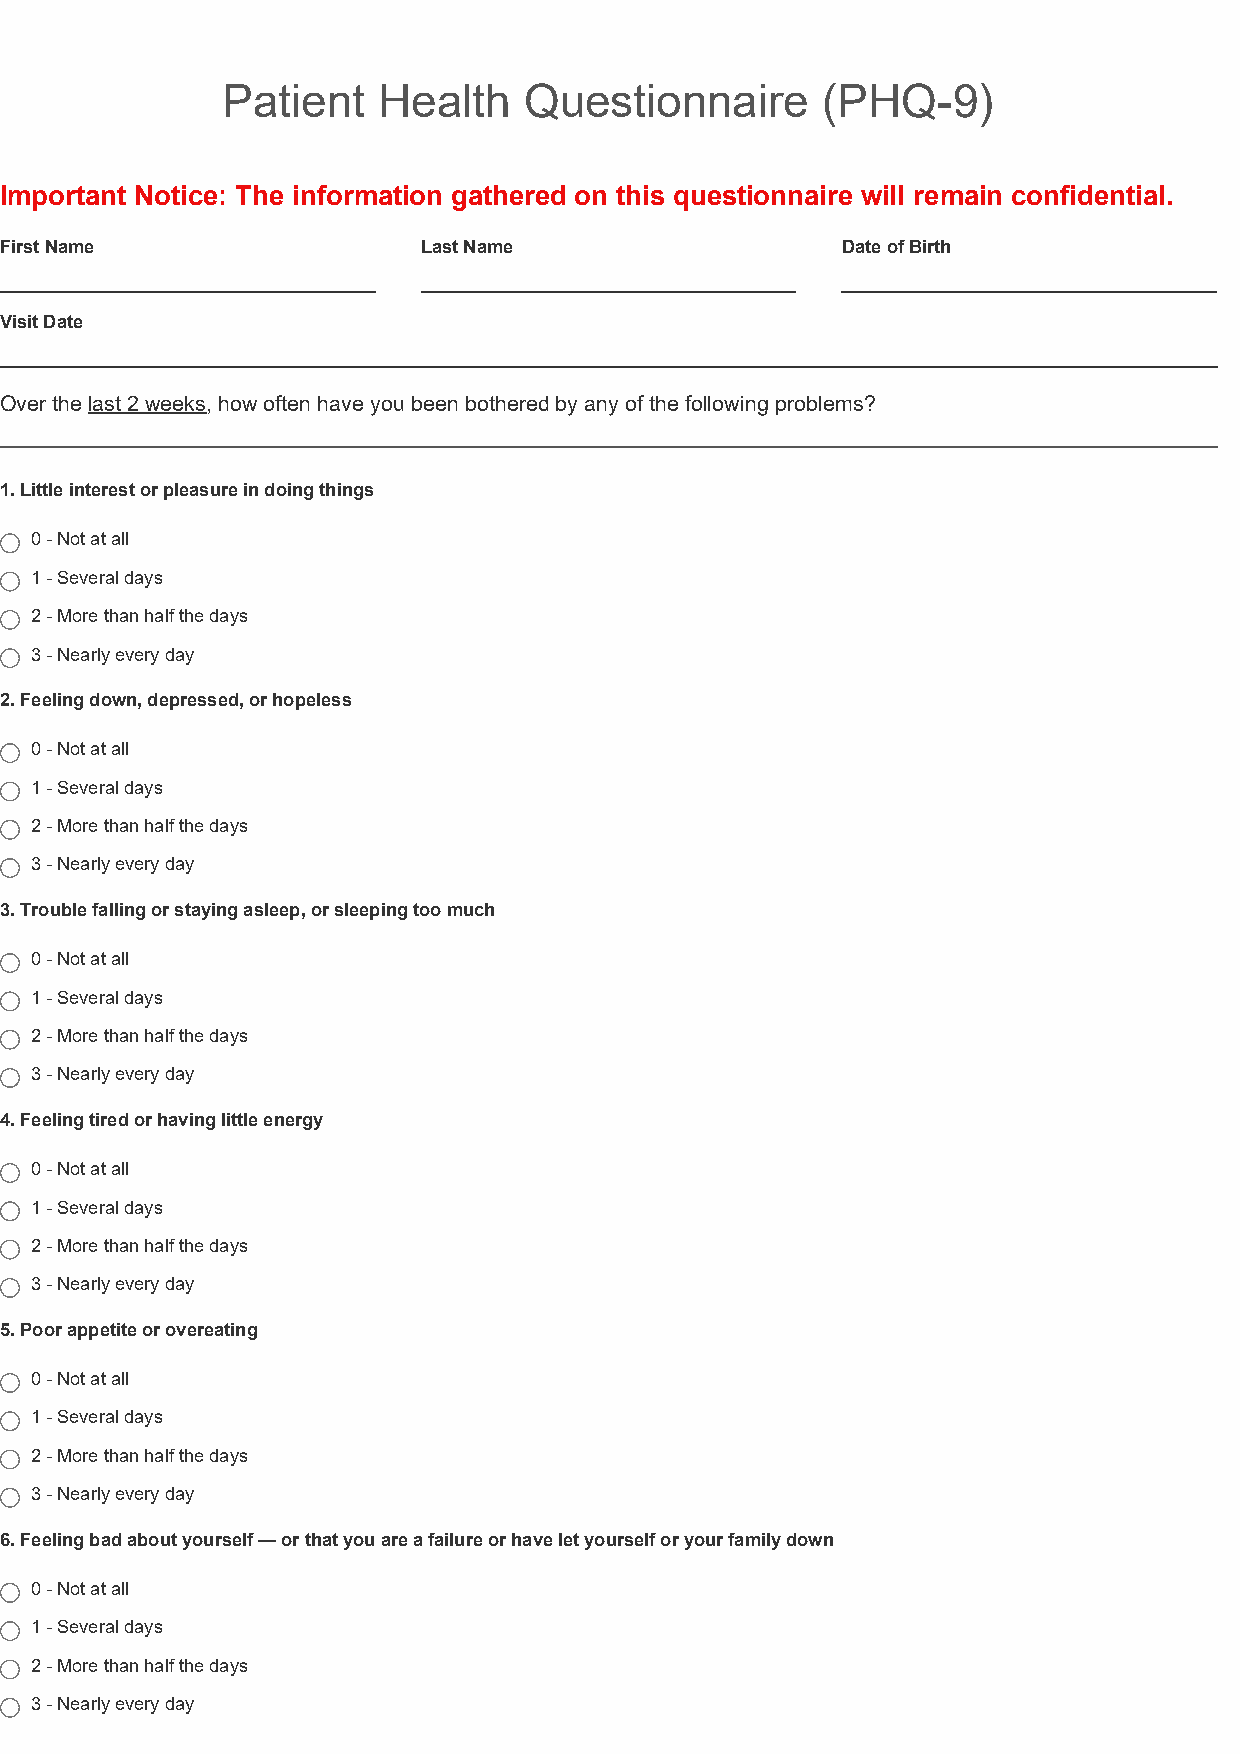
Patient   Health    Questionnaire      (PHQ-9)
 Important Notice: The information gathered on this questionnaire will remain confidential.
 First Name                  Last Name                   Date of Birth
 Visit Date
 Over the last 2 weeks, how often have you been bothered by any of the following problems?
 1. Little interest or pleasure in doing things
 0 - Not at all
 1 - Several days
 2 - More than half the days
 3 - Nearly every day
 2. Feeling down, depressed, or hopeless
 0 - Not at all
 1 - Several days
 2 - More than half the days
 3 - Nearly every day
 3. Trouble falling or staying asleep, or sleeping too much
 0 - Not at all
 1 - Several days
 2 - More than half the days
 3 - Nearly every day
 4. Feeling tired or having little energy
 0 - Not at all
 1 - Several days
 2 - More than half the days
 3 - Nearly every day
 5. Poor appetite or overeating
 0 - Not at all
 1 - Several days
 2 - More than half the days
 3 - Nearly every day
 6. Feeling bad about yourself — or that you are a failure or have let yourself or your family down
 0 - Not at all
 1 - Several days
 2 - More than half the days
 3 - Nearly every day